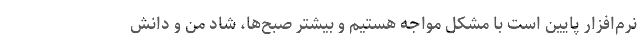
نرم‌افزار پایین است با مشکل مواجه هستیم و بیشتر صبح‌ها، شاد من و دانش